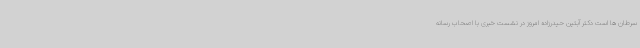
سرطان ها است دکتر آبتین حیدرزاده امروز در نشست خبری با اصحاب رسانه